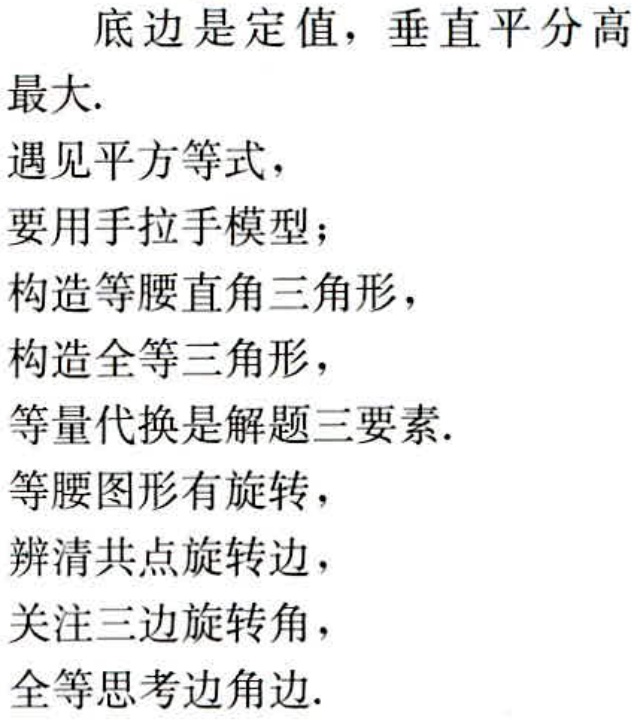
底边是定值，垂直平分高
最大.
遇见平方等式，
要用手拉手模型；
构造等腰直角三角形，
构造全等三角形，
等量代换是解题三要素.
等腰图形有旋转，
辨清共点旋转边，
关注三边旋转角，
全等思考边角边.